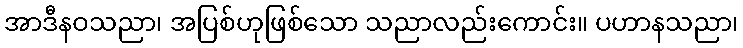
အာဒီနဝသညာ၊ အပြစ်ဟုဖြစ်သော သညာလည်းကောင်း။ ပဟာနသညာ၊